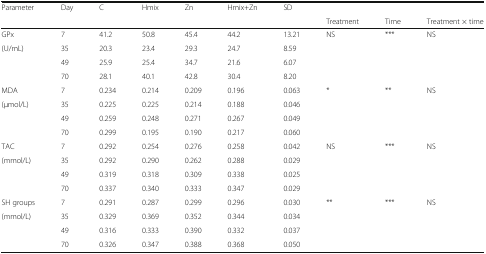
| Parameter | Day | C | Hmix | Zn | Hmix+Zn | SD |  |  |  |
 |  |  |  |  |  |  |  | Treatment | Time | Treatment × time |
 | --- | --- | --- | --- | --- | --- | --- | --- | --- | --- |
 | GPx | 7 | 41.2 | 50.8 | 45.4 | 44.2 | 13.21 | NS | *** | NS |
 | (U/mL) | 35 | 20.3 | 23.4 | 29.3 | 24.7 | 8.59 |  |  |  |
 |  | 49 | 25.9 | 25.4 | 34.7 | 21.6 | 6.07 |  |  |  |
 |  | 70 | 28.1 | 40.1 | 42.8 | 30.4 | 8.20 |  |  |  |
 | MDA | 7 | 0.234 | 0.214 | 0.209 | 0.196 | 0.063 | * | ** | NS |
 | (μmol/L) | 35 | 0.225 | 0.225 | 0.214 | 0.188 | 0.046 |  |  |  |
 |  | 49 | 0.259 | 0.248 | 0.271 | 0.267 | 0.049 |  |  |  |
 |  | 70 | 0.299 | 0.195 | 0.190 | 0.217 | 0.060 |  |  |  |
 | TAC | 7 | 0.292 | 0.254 | 0.276 | 0.258 | 0.042 | NS | *** | NS |
 | (mmol/L) | 35 | 0.292 | 0.290 | 0.262 | 0.288 | 0.029 |  |  |  |
 |  | 49 | 0.319 | 0.318 | 0.309 | 0.338 | 0.025 |  |  |  |
 |  | 70 | 0.337 | 0.340 | 0.333 | 0.347 | 0.029 |  |  |  |
 | SH groups | 7 | 0.291 | 0.287 | 0.299 | 0.296 | 0.030 | ** | *** | NS |
 | (mmol/L) | 35 | 0.329 | 0.369 | 0.352 | 0.344 | 0.034 |  |  |  |
 |  | 49 | 0.316 | 0.333 | 0.390 | 0.332 | 0.037 |  |  |  |
 |  | 70 | 0.326 | 0.347 | 0.388 | 0.368 | 0.050 |  |  |  |